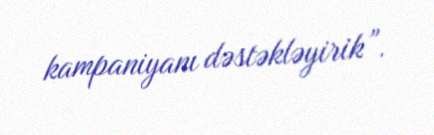
kampaniyanı dəstəkləyirik”.